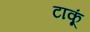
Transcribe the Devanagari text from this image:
टाकूं